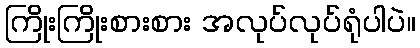
ကြိုးကြိုးစားစား အလုပ်လုပ်ရုံပါပဲ။